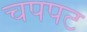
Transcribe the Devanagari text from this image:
चपपट